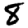
Digit: 8